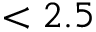
< 2 . 5